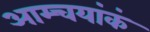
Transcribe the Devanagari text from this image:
आम्चयांकं